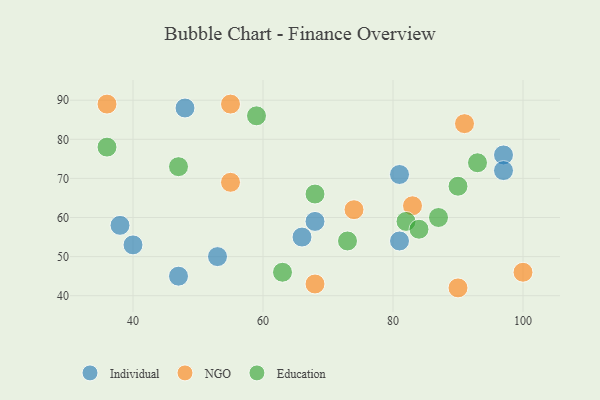
{"axis": {"x": "GDP", "y": "Life Expectancy"}, "legend": ["Education", "Individual", "NGO"], "data": [{"x": "40", "y": 53, "type": "Individual"}, {"x": "48", "y": 88, "type": "Individual"}, {"x": "38", "y": 58, "type": "Individual"}, {"x": "53", "y": 50, "type": "Individual"}, {"x": "81", "y": 71, "type": "Individual"}, {"x": "97", "y": 76, "type": "Individual"}, {"x": "66", "y": 55, "type": "Individual"}, {"x": "68", "y": 59, "type": "Individual"}, {"x": "81", "y": 54, "type": "Individual"}, {"x": "97", "y": 72, "type": "Individual"}, {"x": "47", "y": 45, "type": "Individual"}, {"x": "83", "y": 63, "type": "NGO"}, {"x": "68", "y": 43, "type": "NGO"}, {"x": "55", "y": 69, "type": "NGO"}, {"x": "55", "y": 89, "type": "NGO"}, {"x": "74", "y": 62, "type": "NGO"}, {"x": "90", "y": 42, "type": "NGO"}, {"x": "91", "y": 84, "type": "NGO"}, {"x": "36", "y": 89, "type": "NGO"}, {"x": "100", "y": 46, "type": "NGO"}, {"x": "47", "y": 73, "type": "Education"}, {"x": "59", "y": 86, "type": "Education"}, {"x": "36", "y": 78, "type": "Education"}, {"x": "82", "y": 59, "type": "Education"}, {"x": "93", "y": 74, "type": "Education"}, {"x": "87", "y": 60, "type": "Education"}, {"x": "63", "y": 46, "type": "Education"}, {"x": "73", "y": 54, "type": "Education"}, {"x": "90", "y": 68, "type": "Education"}, {"x": "84", "y": 57, "type": "Education"}, {"x": "68", "y": 66, "type": "Education"}]}